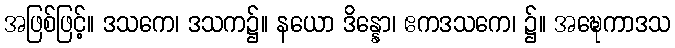
အဖြစ်ဖြင့်။ ဒသကေ၊ ဒသက၌။ နယော ဒိန္နော၊ ဧကဒသကေ၊ ၌။ အဍ္ဎေကာဒသ